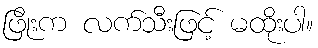
ဖြိုးက လက်သီးဖြင့် မထိုးပါ။